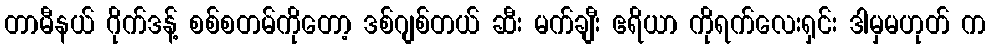
တာမီနယ် ဂိုက်ဒန့် စစ်စတမ်ကိုတော့ ဒစ်ဂျစ်တယ် ဆီး မက်ချီး ဧရိယာ ကိုရက်လေးရှင်း ဒါမှမဟုတ် က